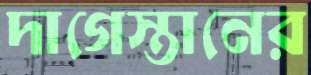
দাগেস্তানের